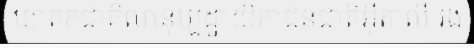
ឃាតកជាគិលានុប្បដ្ឋាយិកាជនជាតិអ៊ីតាលី រង